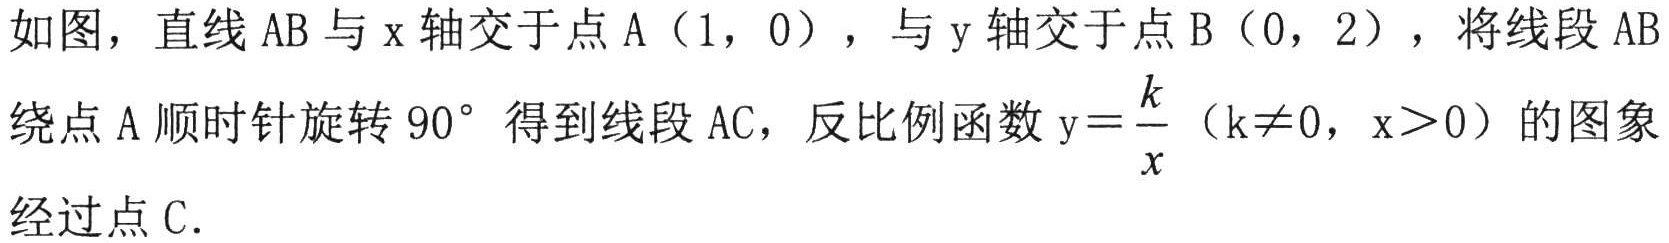
如图，直线 AB 与 x 轴交于点 A（1，0），与 y 轴交于点 B（0，2），将线段 AB 绕点 A 顺时针旋转 \(90^{\circ}\) 得到线段 AC，反比例函数 \(y = \frac{k}{x}\)（\(k\neq0\)，\(x > 0\)）的图象经过点 C.